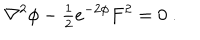
LaTeX: \nabla ^ { 2 } \phi - { \textstyle \frac { 1 } { 2 } } e ^ { - 2 \phi } F ^ { 2 } = 0 \ .